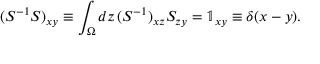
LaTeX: ( S ^ { - 1 } S ) _ { x y } \equiv \int _ { \Omega } d z \, ( S ^ { - 1 } ) _ { x z } S _ { z y } = \mathbb { 1 } _ { x y } \equiv \delta ( x - y ) .